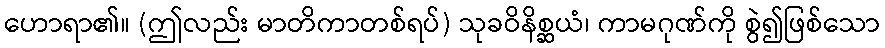
ဟောရာ၏။ (ဤလည်း မာတိကာတစ်ရပ်) သုခဝိနိစ္ဆယံ၊ ကာမဂုဏ်ကို စွဲ၍ဖြစ်သော